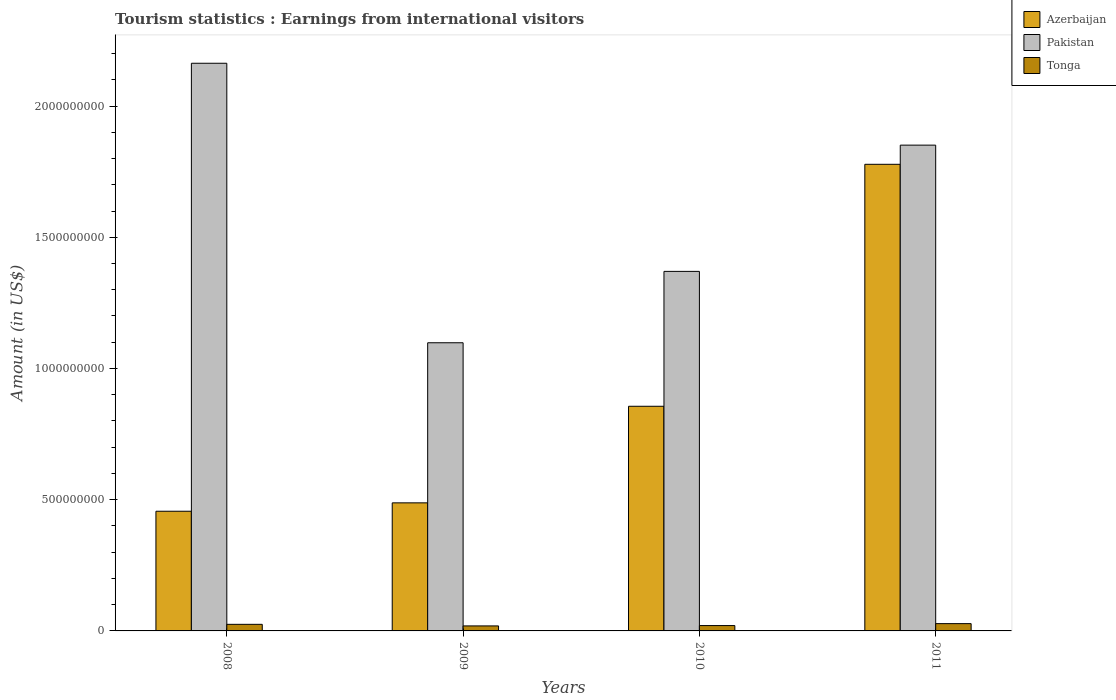
| Years | Azerbaijan | Pakistan | Tonga |
 | --- | --- | --- | --- |
 | 2008 | 4.56e+08 | 2.16e+09 | 2.51e+07 |
 | 2009 | 4.88e+08 | 1.1e+09 | 1.91e+07 |
 | 2010 | 8.56e+08 | 1.37e+09 | 2.04e+07 |
 | 2011 | 1.78e+09 | 1.85e+09 | 2.78e+07 |